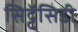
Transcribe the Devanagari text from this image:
सिट्टॅसिडी